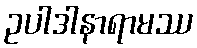
ဥပါဒါနာရာမဿ